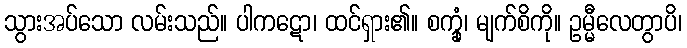
သွားအပ်သော လမ်းသည်။ ပါကဋော၊ ထင်ရှား၏။ စက္ခုံ၊ မျက်စိကို။ ဥမ္မီလေတွာပိ၊